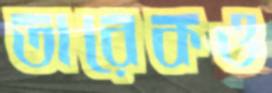
তারেকও